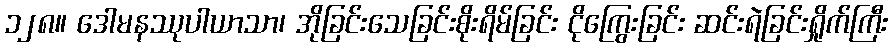
၁၂၈။ ဒေါမနဿုပါယာသာ၊ အိုခြင်းသေခြင်းစိုးရိမ်ခြင်း ငိုကြွေးခြင်း ဆင်းရဲခြင်းရှိုက်ကြီး